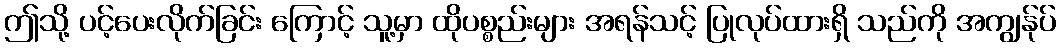
ဤသို့ ပင့်ပေးလိုက်ခြင်း ကြောင့် သူ့မှာ ထိုပစ္စည်းများ အရန်သင့် ပြုလုပ်ထားရှိ သည်ကို အကျွန်ုပ်